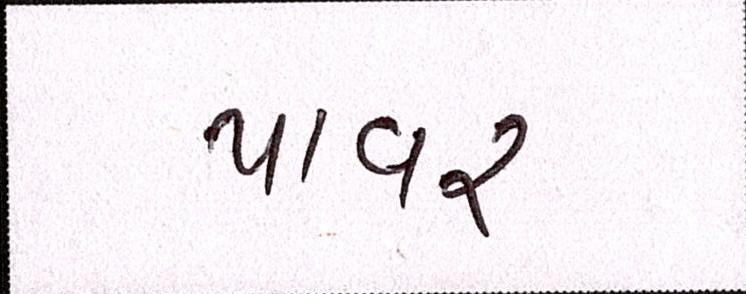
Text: પાવર